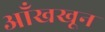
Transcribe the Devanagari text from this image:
आँखखून